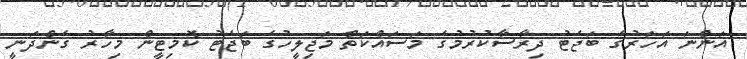
އަންނަ އަހަރުގެ ބަޖެޓު ދިރާސާކުރުމުގެ މަސައްކަތް މަޖިލީހުގެ ބަޖެޓު ކޮމިޓީން މިހާރު ގެންދަނީ